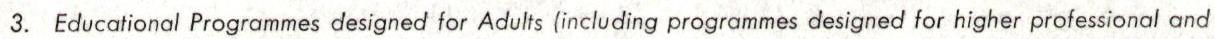
3. Educational Programmes designed for Adults (including programmes designed for higher professional and